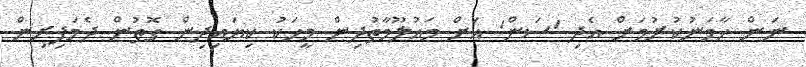
ނަން ހާމަނުކުރުމަށް އެދި 'ސަން' އަށް މައުލޫމާތުދިން މީހަކު ކިޔައިދިން ގޮތުން ދެމަފިރިން